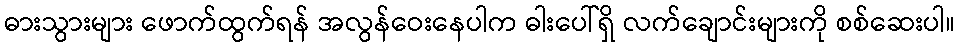
ဓားသွားများ ဖောက်ထွက်ရန် အလွန်ဝေးနေပါက ဓါးပေါ်ရှိ လက်ချောင်းများကို စစ်ဆေးပါ။